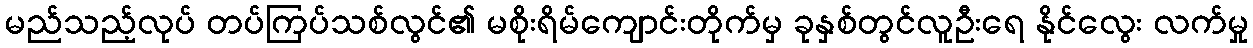
မည်သည့်လုပ် တပ်ကြပ်သစ်လွင်၏ မစိုးရိမ်ကျောင်းတိုက်မှ ခုနှစ်တွင်လူဦးရေ နိုင်လွေး လက်မှု